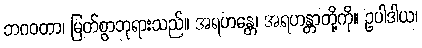
ဘဂဝတာ၊ မြတ်စွာဘုရားသည်။ အရဟန္တေ၊ အရဟန္တာတို့ကို။ ဥပါဒါယ၊